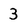
Character: 3